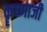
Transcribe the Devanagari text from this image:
कॄष्‍णाजी